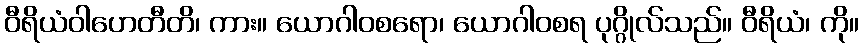
ဝီရိယံဝါဟေတီတိ၊ ကား။ ယောဂါဝစရော၊ ယောဂါဝစရ ပုဂ္ဂိုလ်သည်။ ဝီရိယံ၊ ကို။